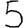
Digit: 5